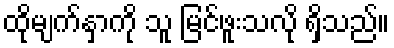
ထိုမျက်နှာကို သူ မြင်ဖူးသလို ရှိသည်။